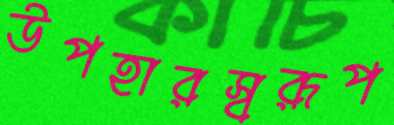
উপহারস্বরূপ